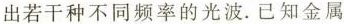
出若干种不同频率的光波。已知金属